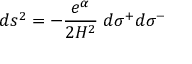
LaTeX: d s ^ { 2 } = - \frac { e ^ { \alpha } } { 2 H ^ { 2 } } \; d \sigma ^ { + } d \sigma ^ { - }